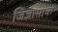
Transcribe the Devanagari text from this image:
जिज्ञासाक